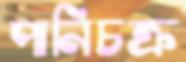
পানিচক্র